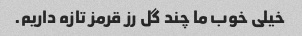
خیلی خوب ما چند گل رز قرمز تازه داریم.